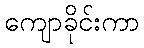
ကျောခိုင်းကာ